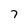
Character: 7